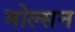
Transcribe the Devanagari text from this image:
मोल्सन